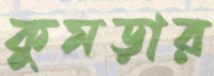
কুমড়ার